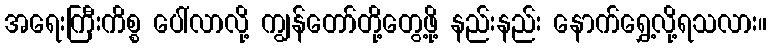
အရေးကြီးကိစ္စ ပေါ်လာလို့ ကျွန်တော်တို့တွေ့ဖို့ နည်းနည်း နောက်ရွှေ့လို့ရသလား။